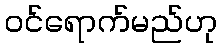
ဝင်ရောက်မည်ဟု